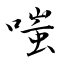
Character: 嗤